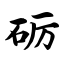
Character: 砺